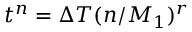
t ^ { n } = \Delta T ( n / M _ { 1 } ) ^ { r }